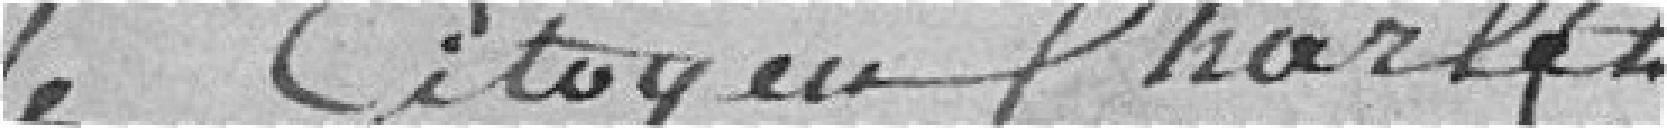
Le Citoyen Charlet